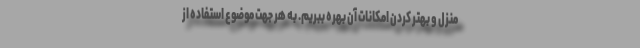
منزل و بهتر کردن امکانات آن بهره ببریم. به هر جهت موضوع استفاده از